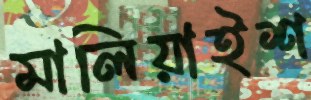
মালিয়াইশ